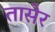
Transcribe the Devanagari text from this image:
तासेर